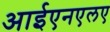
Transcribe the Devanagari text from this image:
आईएनएलए